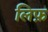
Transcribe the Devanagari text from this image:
लिफ़